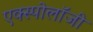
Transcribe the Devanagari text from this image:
एक्स्पोलॉजी